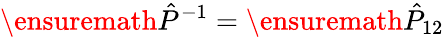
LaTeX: \ensuremath{\hat{P}}^{\smash{-1}}=\ensuremath{\hat{P}}_{12}